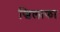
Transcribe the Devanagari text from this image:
खिलाफा